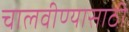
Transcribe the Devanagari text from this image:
चालवीण्यासाठी